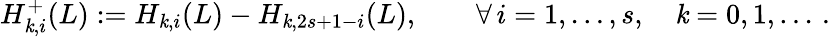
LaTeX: H_{\mathit{k},i}^{+}(L):=H_{\mathit{k},i}(L)-H_{\mathit{k},2s+1-i}(L),\qquad\forall\, i=1,\ldots,s,\quad\mathit{k}=0,1,\ldots\, .